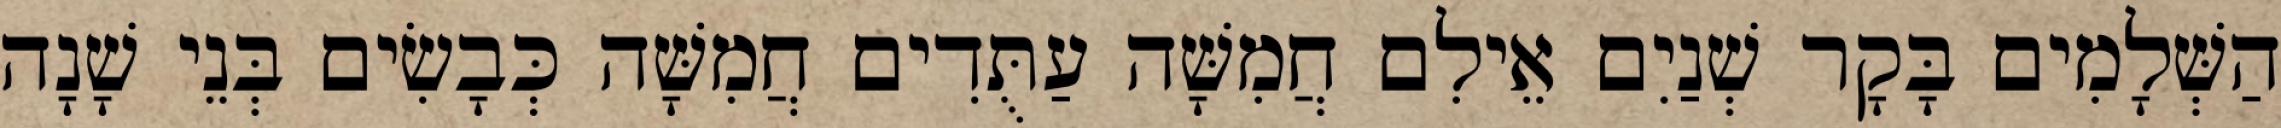
הַשְּׁלָמִים בָּקָר שְׁנַיִם אֵילִם חֲמִשָּׁה עַתֻּדִים חֲמִשָּׁה כְּבָשִׂים בְּנֵי שָׁנָה